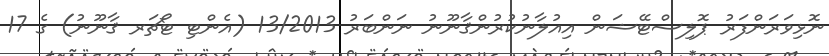
ނޮޅިވަރަންފަރު ޕޮލިސްޓޭޝަން އިއުލާނުކުރުންޤާނޫނު ނަންބަރު 13/2013 (އެންޓި ޓޯޗަަރ ޤާނޫނު) ގެ 17